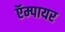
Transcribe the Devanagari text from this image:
ऍम्पायर